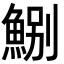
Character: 𩷤